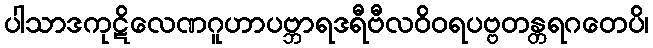
ပါသာဒကုဋိလေဏဂူဟာပဗ္ဘာရဒရီဗီလဝိဝရပဗ္ဗတန္တရဂတေပိ၊